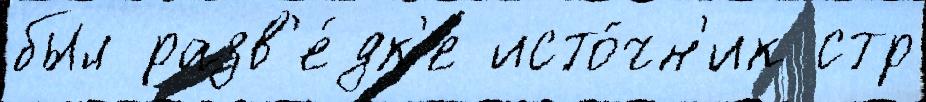
был разв'е́дк'е исто́чн'ик стр